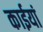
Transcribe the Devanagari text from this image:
काईयां